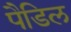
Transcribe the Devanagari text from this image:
पैडिल